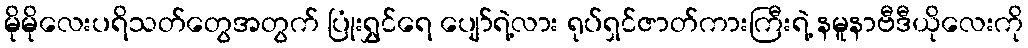
မိုမိုလေးပရိသတ်တွေအတွက် ပြုံးရွှင်ရေ ပျော်ရဲ့လား ရုပ်ရှင်ဇာတ်ကားကြီးရဲ့ နမူနာဗီဒီယိုလေးကို